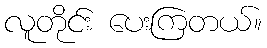
လူတိုင်း ပေးကြတယ်။